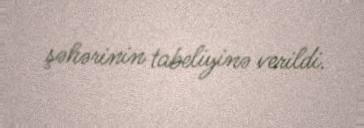
şəhərinin tabeliyinə verildi.